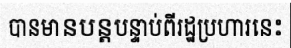
បានមានបន្តបន្ទាប់ពីរដ្ឋប្រហារនេះ